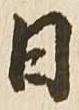
日